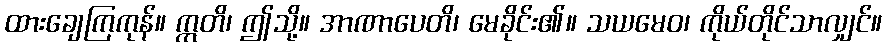
ထားချေကြကုန်။ ဣတိ၊ ဤသို့။ အာဏာပေတိ၊ မေခိုင်း၏။ သယမေဝ၊ ကိုယ်တိုင်သာလျှင်။